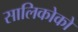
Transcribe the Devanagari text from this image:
सालिकोको